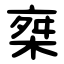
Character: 椉